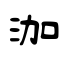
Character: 泇